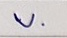
บน